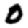
Digit: 0